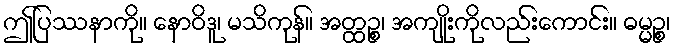
ဤပြဿနာကို။ နောဝိဒူ၊ မသိကုန်။ အတ္ထဉ္စ၊ အကျိုးကိုလည်းကောင်း။ ဓမ္မဉ္စ၊